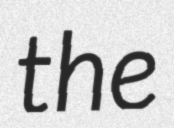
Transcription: the